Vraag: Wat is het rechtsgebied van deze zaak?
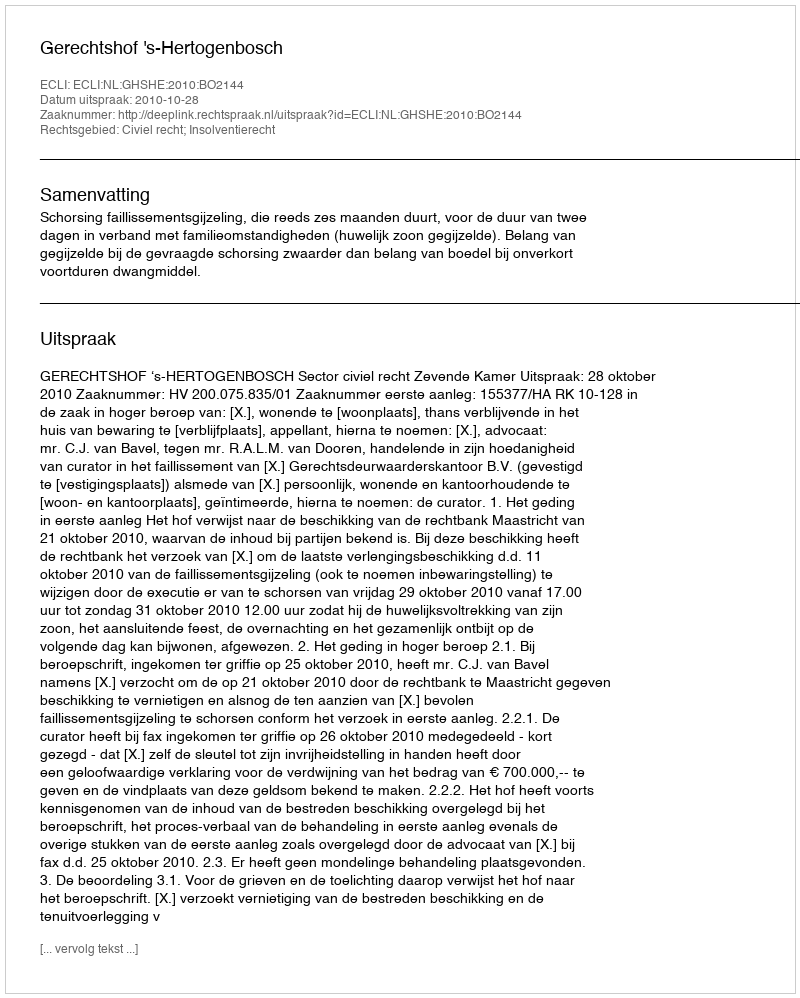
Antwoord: Civiel recht; Insolventierecht